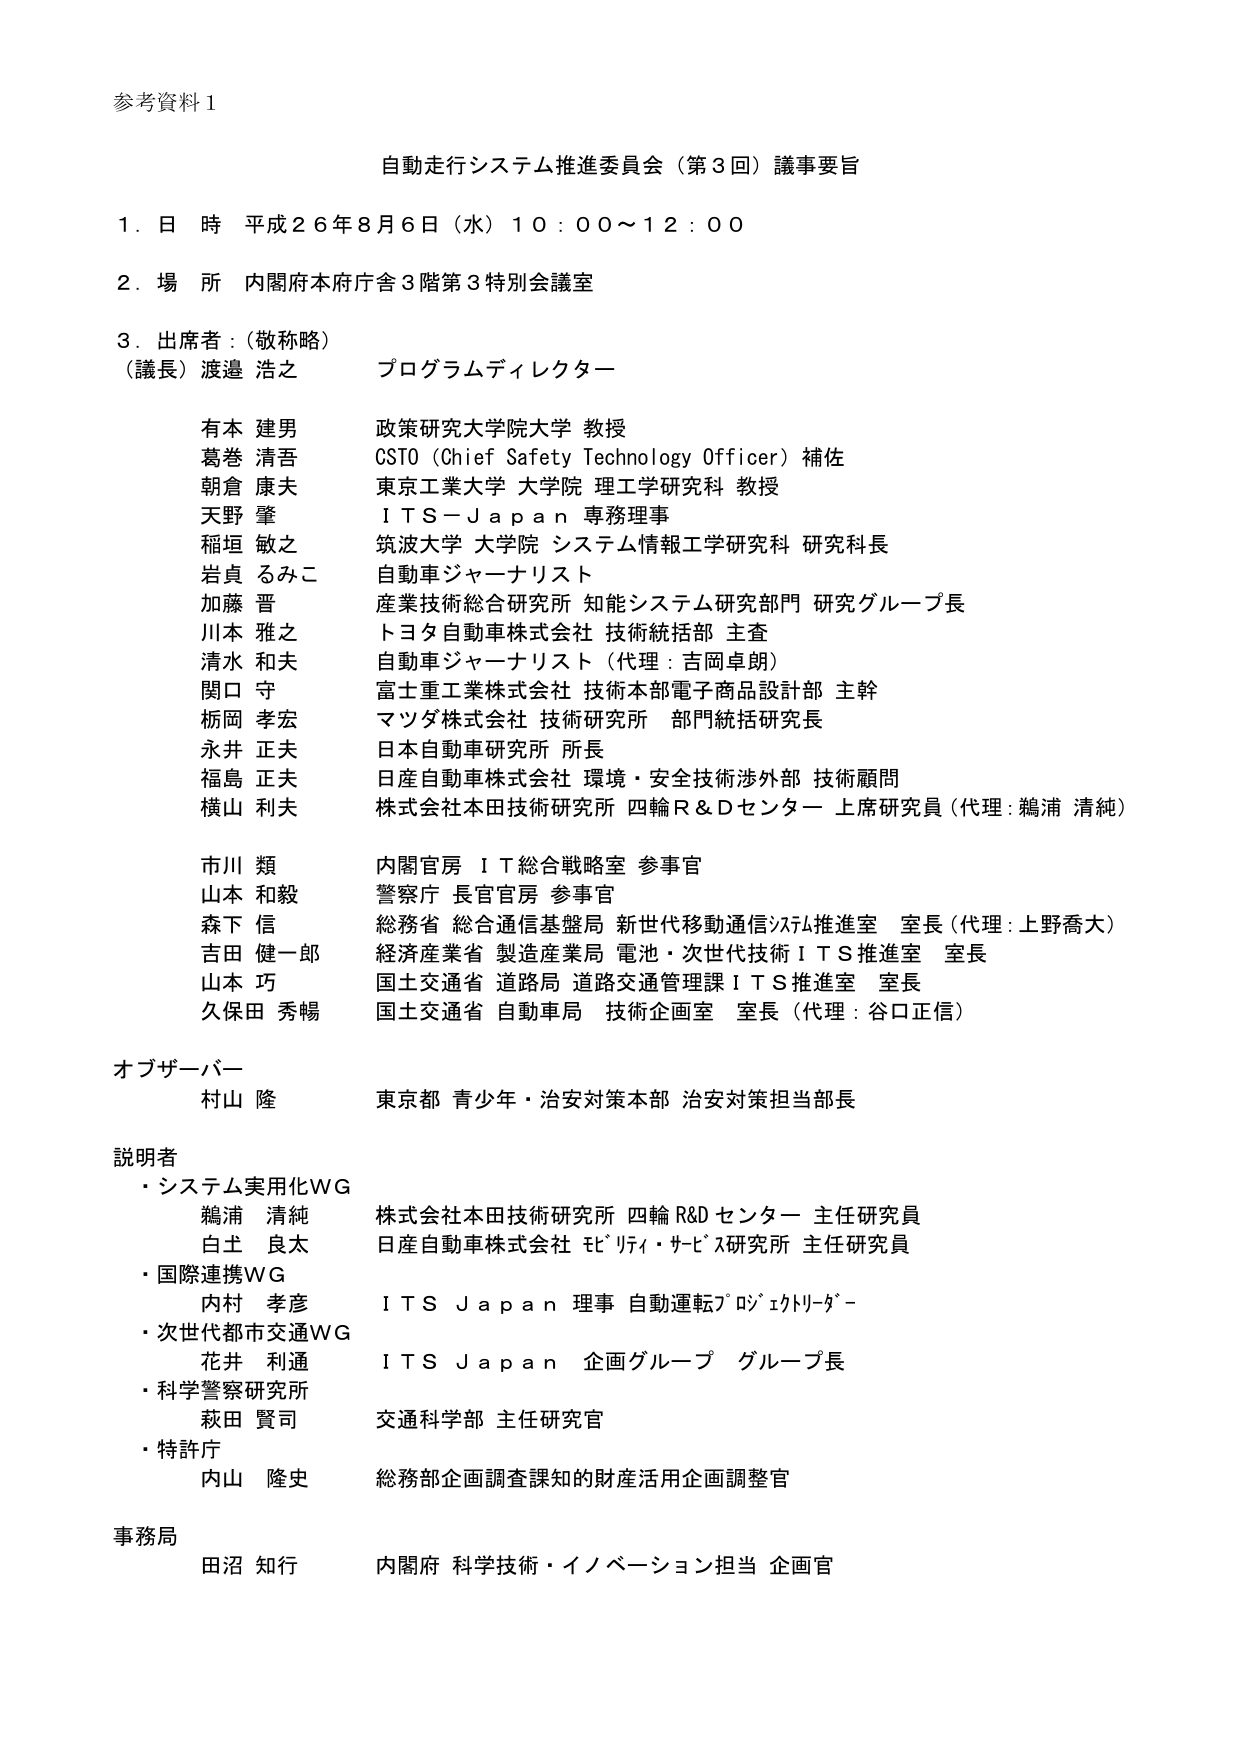
参考資料１

自動走行システム推進委員会（第３回）議事要旨

１．日 時 平成２６年８月６日（水）１０：００～１２：００

２．場 所 内閣府本府庁舎３階第３特別会議室

３．出席者：（敬称略）
（議長）渡邉 浩之 プログラムディレクター

有本 建男 政策研究大学院大学 教授
葛巻 清吾 CSTO（Chief Safety Technology Officer）補佐
朝倉 康夫 東京工業大学 大学院 理工学研究科 教授
天野 肇 ＩＴＳ－Ｊａｐａｎ 専務理事
稲垣 敏之 筑波大学 大学院 システム情報工学研究科 研究科長
岩貞 るみこ 自動車ジャーナリスト
加藤 晋 産業技術総合研究所 知能システム研究部門 研究グループ長
川本 雅之 トヨタ自動車株式会社 技術統括部 主査
清水 和夫 自動車ジャーナリスト（代理：吉岡卓朗）
関口 守 富士重工業株式会社 技術本部電子商品設計部 主幹
栃岡 孝宏 マツダ株式会社 技術研究所 部門統括研究長
永井 正夫 日本自動車研究所 所長
福島 正夫 日産自動車株式会社 環境・安全技術渉外部 技術顧問
横山 利夫 株式会社本田技術研究所 四輪Ｒ＆Ｄセンター 上席研究員（代理：鵜浦 清純）

市川 類 内閣官房 ＩＴ総合戦略室 参事官
山本 和毅 警察庁 長官官房 参事官
森下 信 総務省 総合通信基盤局 新世代移動通信システム推進室 室長（代理：上野喬大）
吉田 健一郎 経済産業省 製造産業局 電池・次世代技術ＩＴＳ推進室 室長
山本 巧 国土交通省 道路局 道路交通管理課ＩＴＳ推進室 室長
久保田 秀暢 国土交通省 自動車局 技術企画室 室長（代理：谷口正信）

オブザーバー
村山 隆 東京都 青少年・治安対策本部 治安対策担当部長

説明者
・システム実用化ＷＧ
　鵜浦 清純 株式会社本田技術研究所 四輪Ｒ＆Ｄセンター 主任研究員
　白土 良太 日産自動車株式会社 センサ・サポータ研究室 主任研究員
・国際連携ＷＧ
　内村 孝彦 ＩＴＳＪａｐａｎ 理事 自動運転プロジェクトリーダー
・次世代都市交通ＷＧ
　花井 利通 ＩＴＳＪａｐａｎ 企画グループ グループ長
・科学警察研究所
　萩田 賢司 交通科学部 主任研究官
・特許庁
　内山 隆史 総務部企画調査課知的財産活用企画調整官

事務局
田沼 知行 内閣府 科学技術・イノベーション担当 企画官